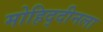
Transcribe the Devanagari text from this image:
मोहिद्दीनला